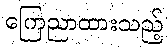
ကြေညာထားသည့်